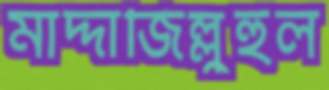
মাদ্দাজিল্লুহুল